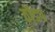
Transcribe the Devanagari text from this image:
ठोंडप